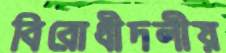
বিরোধীদলীয়